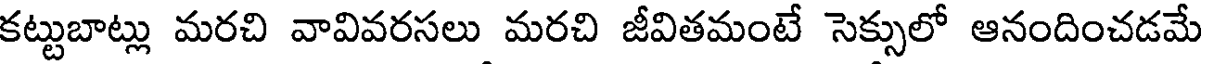
కట్టుబాట్లు మరచి వావివరసలు మరచి జీవితమంటే సెక్సులో ఆనందించడమే